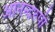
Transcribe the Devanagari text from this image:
आनन्दरुपी